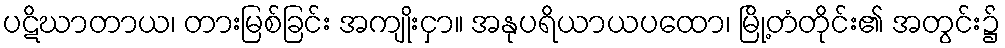
ပဋိဃာတာယ၊ တားမြစ်ခြင်း အကျိုးငှာ။ အနုပရိယာယပထော၊ မြို့တံတိုင်း၏ အတွင်း၌